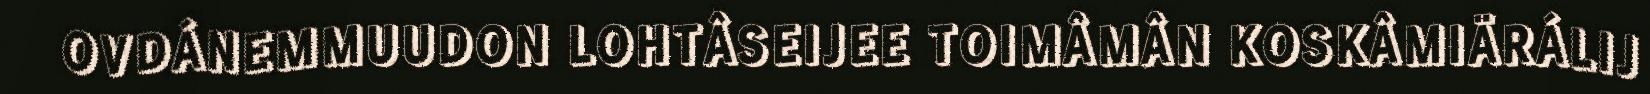
OVDÁNEMMUUDON LOHTÂSEIJEE TOIMÂMÂN KOSKÂMIÄRÁLIJ